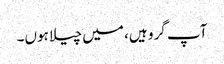
آپ گرو ہیں، میں چیلا ہوں۔